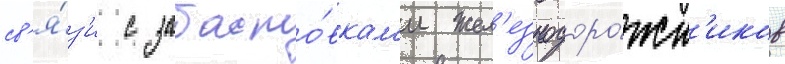
св'я́з'и с забасто́вкам'и жел'езнодоро́жн'иков